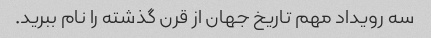
سه رویداد مهم تاریخ جهان از قرن گذشته را نام ببرید.